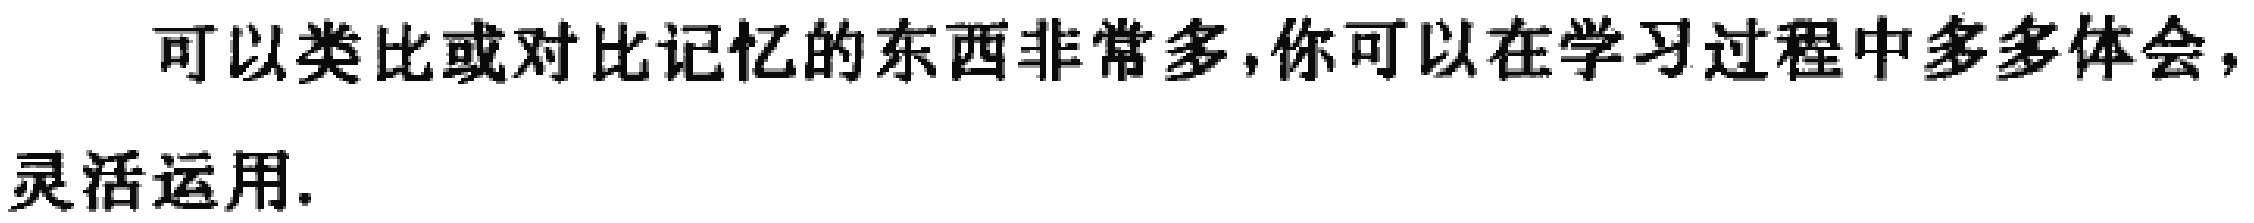
可以类比或对比记忆的东西非常多,你可以在学习过程中多多体会,灵活运用.